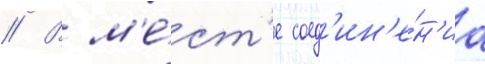
// В м'е́ст'е соед'ин'е́н'иа